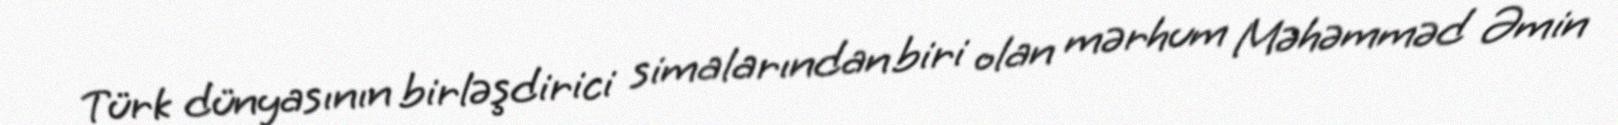
Türk dünyasının birləşdirici simalarından biri olan mərhum Məhəmməd Əmin